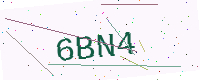
Text: 6BN4